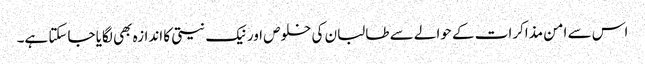
اس سے امن مذاکرات کے حوالے سے طالبان کی خلوص اور نیک نیتی کا اندازہ بھی لگایا جاسکتا ہے۔